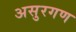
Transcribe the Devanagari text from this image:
असुरगण